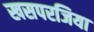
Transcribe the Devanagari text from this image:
खसपरजिया